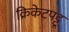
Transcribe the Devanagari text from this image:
क्रिकेटपट्टू